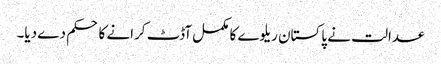
عدالت نے پاکستان ریلوے کا مکمل آڈٹ کرانے کا حکم دے دیا۔